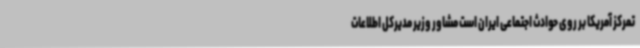
تمرکز آمریکا بر روی حوادث اجتماعی ایران است مشاور وزیر مدیرکل اطلاعات